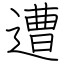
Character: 遭